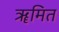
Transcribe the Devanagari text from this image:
ॠमित